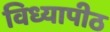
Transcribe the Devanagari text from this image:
विध्यापीठ